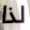
لذا